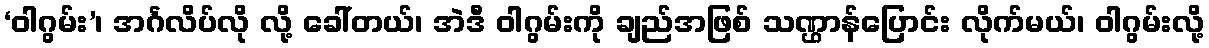
‘ဝါဂွမ်း’၊ အင်္ဂလိပ်လို လို့ ခေါ်တယ်၊ အဲဒီ ဝါဂွမ်းကို ချည်အဖြစ် သဏ္ဌာန်ပြောင်း လိုက်မယ်၊ ဝါဂွမ်းလို့